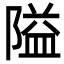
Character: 隘